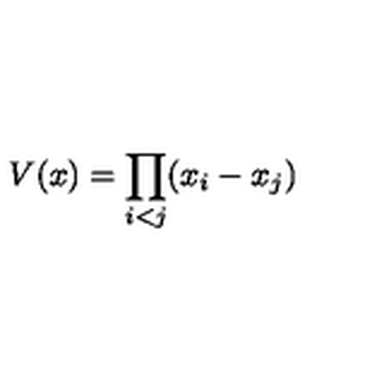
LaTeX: V ( x ) = \prod _ { i < j } ( x _ { i } - x _ { j } )